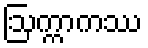
ဩက္ကာကဿ